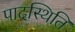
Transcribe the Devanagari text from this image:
पादस्थिति